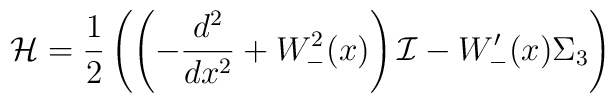
{\cal H}=\frac{1}{2}\left(\left(-\frac{d^2}{dx^2}+W^2_-(x)\right){\cal I}-W'_-(x)\Sigma_3\right)